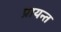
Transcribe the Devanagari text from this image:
प्रायन्त